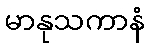
မာနုသကာနံ